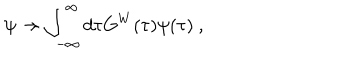
\psi \to \int _ { - \infty } ^ { \infty } d \tau G ^ { W } ( \tau ) \psi ( \tau ) ~ ,